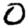
Digit: 0